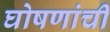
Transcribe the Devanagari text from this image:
घोषणांची